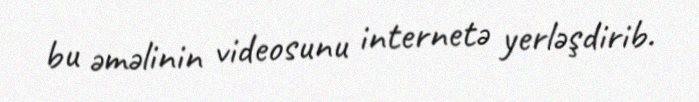
bu əməlinin videosunu internetə yerləşdirib.